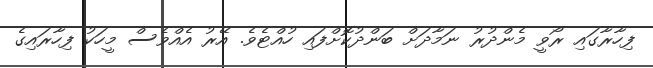
ފިހާރާގައި ރޯވީ މެންދުރު ނަމާދަށް ބަންދުކޮށްފައި ހުއްޓެވެ. އޭރު އެއްވެސް މީހަކު ފިހާރައިގެ